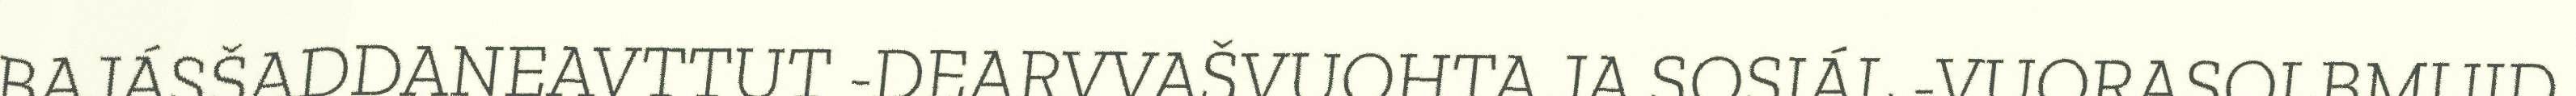
BAJÁSŠADDANEAVTTUT -DEARVVAŠVUOHTA JA SOSIÁL -VUORASOLBMUID